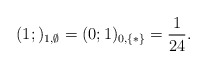
\begin{align*}(1;)_{1,\emptyset}=(0;1)_{0,\{*\}}=\frac{1}{24}.\end{align*}